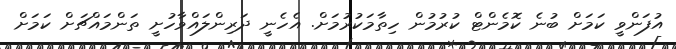
އުފަންވީ ކަމަށް ބުނެ ކޮމެންޓް ކުރުމުން ހިތާމަކުރުމަށް. އެހެނީ ދަރިންލައްވާހުށީ ތަންމައްޗަށް ކަމަށް